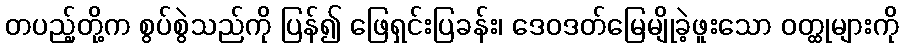
တပည့်တို့က စွပ်စွဲသည်ကို ပြန်၍ ဖြေရှင်းပြခန်း၊ ဒေဝဒတ်မြေမျိုခဲ့ဖူးသော ဝတ္ထုများကို